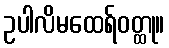
ဥပါလိမထေရ်ဝတ္ထု။